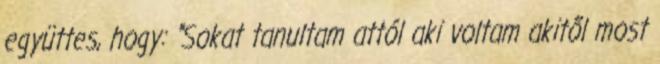
együttes, hogy: "Sokat tanultam attól aki voltam akitől most